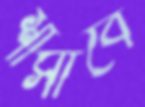
শাসাবে